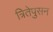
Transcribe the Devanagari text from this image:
त्रितेपुसन